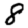
Digit: 8